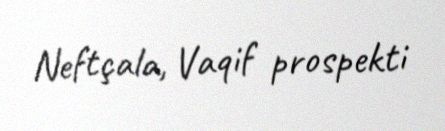
Neftçala, Vaqif prospekti